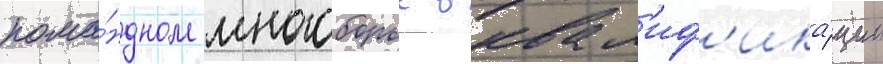
кома́ндном многоборье в квал'иф'ика́ции